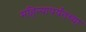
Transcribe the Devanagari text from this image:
महिन्यापर्यंतच्या